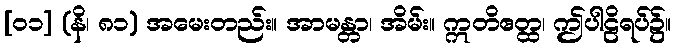
[၀၁] (နိ၊ ၈၁) အမေးတည်း။ အာမန္တာ၊ အိမ်း။ ဣတိဧတ္ထ၊ ဤပါဠိရပ်၌။